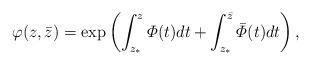
LaTeX: \begin{align*}\varphi(z, \bar z) = \exp\left(\int_{z_*}^z\varPhi(t) dt +\int_{z_*}^{\bar z} \bar{\varPhi}(t) dt\right), \end{align*}